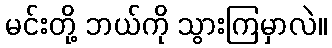
မင်းတို့ ဘယ်ကို သွားကြမှာလဲ။